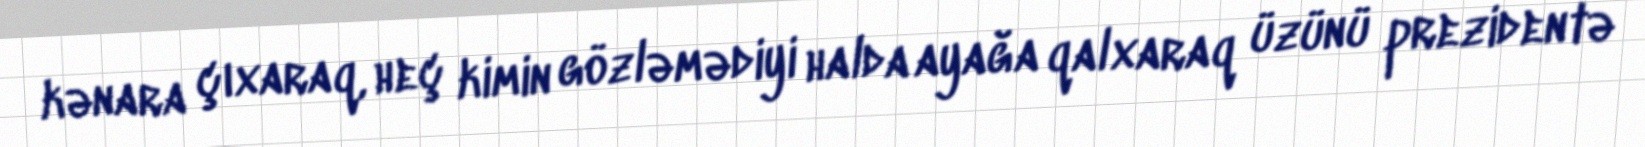
kənara çıxaraq, heç kimin gözləmədiyi halda ayağa qalxaraq üzünü prezidentə